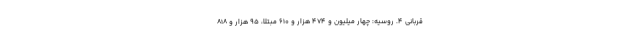
قربانی ۴. روسیه: چهار میلیون و ۴۷۴ هزار و ۶۱۰ مبتلا، ۹۵ هزار و ۸۱۸